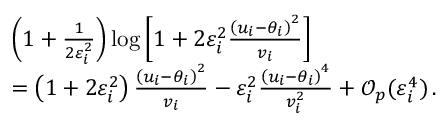
\begin{array} { r l } & { \left( 1 + \frac { 1 } { 2 \varepsilon _ { i } ^ { 2 } } \right) \log { \left[ 1 + 2 \varepsilon _ { i } ^ { 2 } \frac { \left( u _ { i } - \theta _ { i } \right) ^ { 2 } } { v _ { i } } \right] } } \\ & { = \left( 1 + 2 \varepsilon _ { i } ^ { 2 } \right) \frac { \left( u _ { i } - \theta _ { i } \right) ^ { 2 } } { v _ { i } } - \varepsilon _ { i } ^ { 2 } \frac { \left( u _ { i } - \theta _ { i } \right) ^ { 4 } } { v _ { i } ^ { 2 } } + \mathcal { O } _ { p } ( \varepsilon _ { i } ^ { 4 } ) \, . } \end{array}